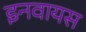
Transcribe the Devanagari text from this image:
इनवायस